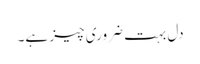
دل بہت ضروری چیز ہے۔